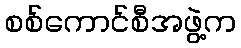
စစ်ကောင်စီအဖွဲ့က